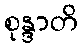
စုန္ဒာတိ